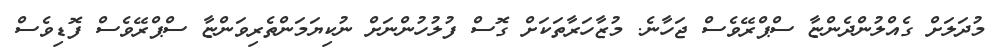
މުދަލަށް ގެއްލުންދެންޏާ ސްޕްރޭވެސް ޖަހާނެ. މުޒާހަރާތަކަށް ގޮސް ފުލުހުންނަށް ނުކިޔަމަންތެރިވަންޏާ ސްޕްރޭވެސް ފޮޑިވެސް